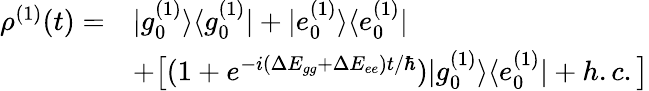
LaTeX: \begin{array}{rl}{\rho^{(1)}(t)=}&{|g_{0}^{(1)}\rangle\langle g_{0}^{(1)}|+|e_{0}^{(1)}\rangle\langle e_{0}^{(1)}|}\\ &{+\big[(1+e^{-i(\Delta E_{gg}+\Delta E_{ee})t/\hbar})|g_{0}^{(1)}\rangle\langle e_{0}^{(1)}|+h.c.\big]}\end{array}